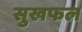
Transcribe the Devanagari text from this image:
सुखफल